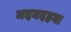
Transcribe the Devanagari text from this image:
मदनदहना